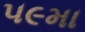
૫૯મા